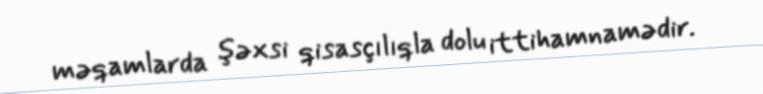
məqamlarda şəxsi qisasçılıqla dolu ittihamnamədir.